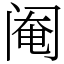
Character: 阉